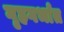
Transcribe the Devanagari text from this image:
गृहगर्भात